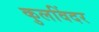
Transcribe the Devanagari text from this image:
कुलविंदर